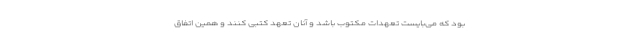
بود که می‌بایست تعهدات مکتوب باشد و آنان تعهد کتبی کنند و همین اتفاق